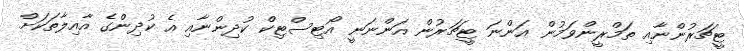
ޓީޗަރުންނާއި ތަމްރީންވަމުން އަންނަ ޓީޗަރުން އަންނަނީ އޯޓިސްޓިކް ކުދިންނާއި އެ ކުދިންގެ އާއިލާތަކަށް